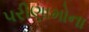
પરીણામોના